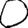
Digit: 0